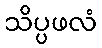
သိပ္ပဖလံ